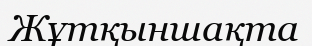
Жұтқыншақта